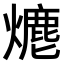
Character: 𤏶